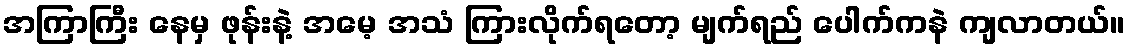
အကြာကြီး နေမှ ဖုန်းနဲ့ အမေ့ အသံ ကြားလိုက်ရတော့ မျက်ရည် ပေါက်ကနဲ ကျလာတယ်။